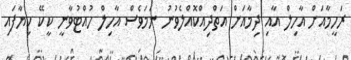
ރަހީމާއަށް އާހިލް އާއި ދިމާއަށް އަތްދިއްކޮއްލެވުނު ނަމަވެސް އާހިލް ހުއްޓުވާނީ ކީކޭ ކިޔާފައި